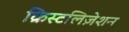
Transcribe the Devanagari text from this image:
क्रिस्टलिज़ेशन